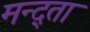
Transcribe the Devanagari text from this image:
मन्द्ता